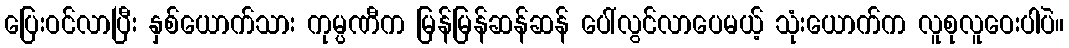
ပြေးဝင်လာပြီး နှစ်ယောက်သား ကုမ္ပဏီက မြန်မြန်ဆန်ဆန် ပေါ်လွင်လာပေမယ့် သုံးယောက်က လူစုလူဝေးပါပဲ။